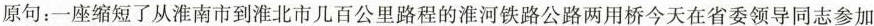
原句：一座缩短了从淮南市到淮北市几百公里路程的淮河铁路公路两用桥今天在省委领导同志参加